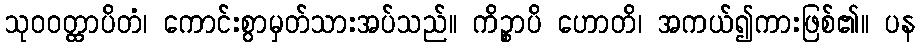
သုဝဝတ္ထာပိတံ၊ ကောင်းစွာမှတ်သားအပ်သည်။ ကိဉ္စာပိ ဟောတိ၊ အကယ်၍ကားဖြစ်၏။ ပန